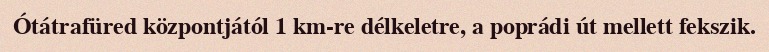
Ótátrafüred központjától 1 km-re délkeletre, a poprádi út mellett fekszik.